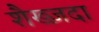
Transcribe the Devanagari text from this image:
शैख्ज़दा